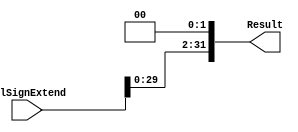
module shift_left(ValSignExtend, Result);
  input wire [31:0]ValSignExtend;
  output reg [31:0]Result;
  always @ (*) begin
    Result <= (ValSignExtend << 2);
  end
endmodule